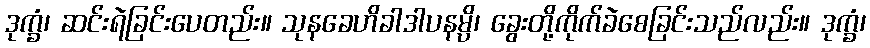
ဒုက္ခံ၊ ဆင်းရဲခြင်းပေတည်း။ သုနခေဟိခါဒါပနမ္ပိ၊ ခွေးတို့ကိုက်ခဲစေခြင်းသည်လည်း။ ဒုက္ခံ၊